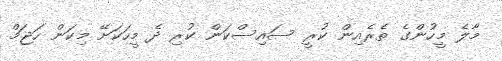
މާލެ މީހުންގެ ތެރެއިން ކުރީ ސައިސްކަން ކުރި ދެ މީހަކަށޭ މިކަން ހަޖަމް